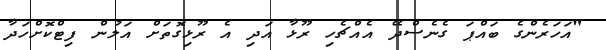
"އަހަރެންގެ ބައްޕަ ގެނެސްދޭ އެއްޗެހި ރޫޅާ އަދި އެ ރޫޅިގޮތަށް އަލުން ފިޓްކޮށްހަދާ